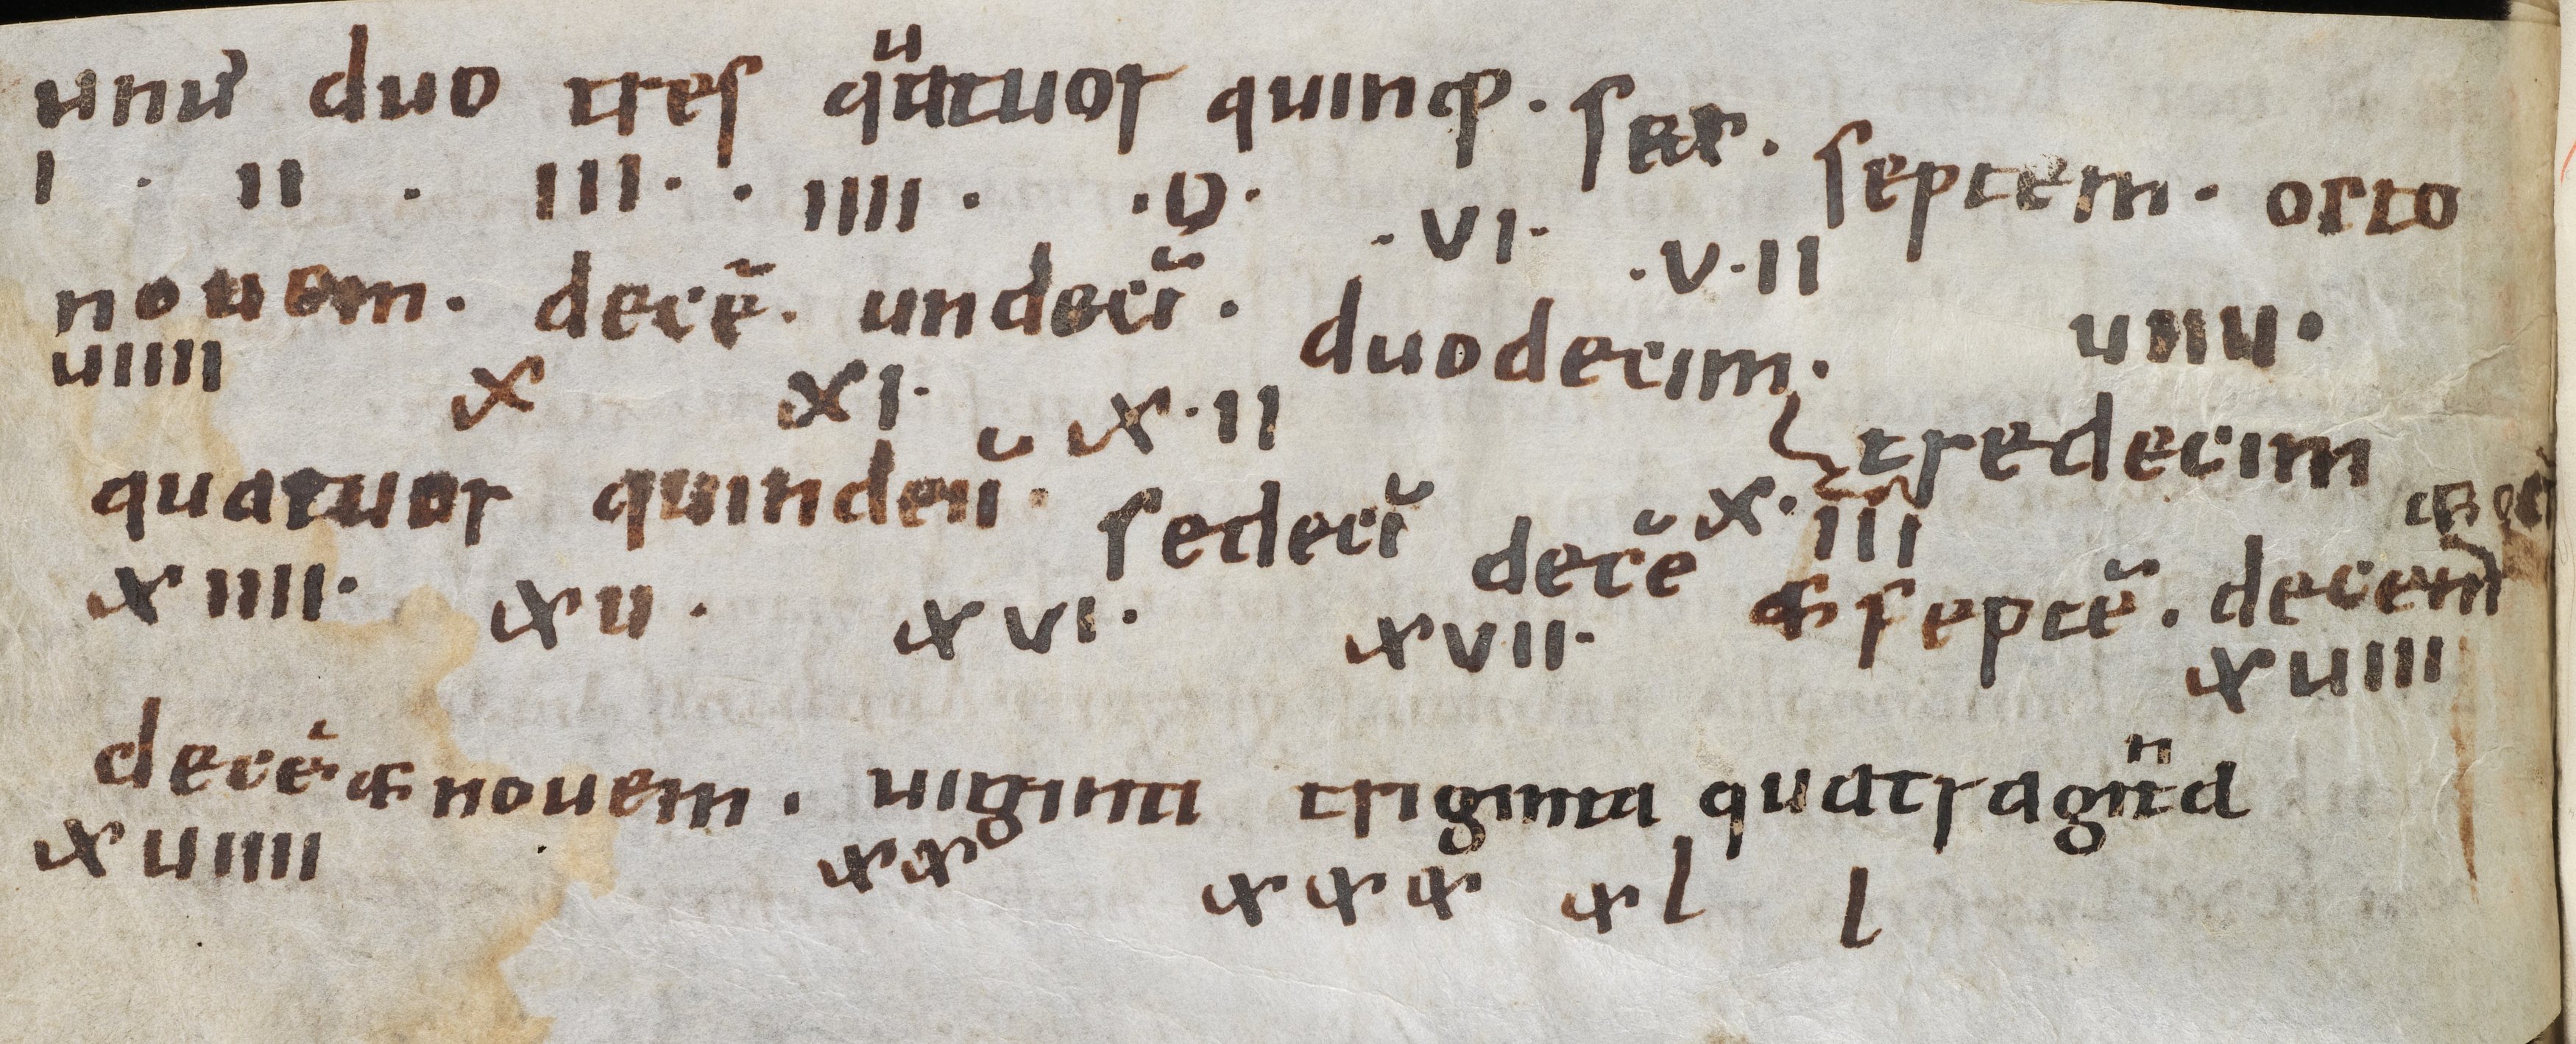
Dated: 800–849